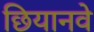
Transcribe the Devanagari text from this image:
छियानवे